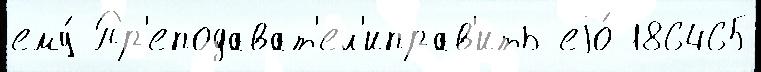
ему́ Пр'еподават'ел'иправ'ить еjо́ 186465